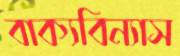
বাক্যবিন্যাস